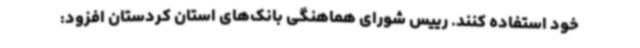
خود استفاده کنند. رییس شورای هماهنگی بانک‌های استان کردستان افزود: